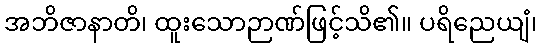
အဘိဇာနာတိ၊ ထူးသောဉာဏ်ဖြင့်သိ၏။ ပရိညေယျံ၊